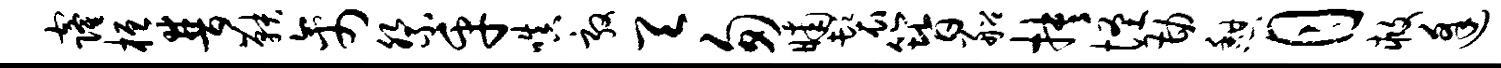
窿桓普鞅禽祭乎嗔敦天匆晡鬟簪船抉怪勘憩月救逢